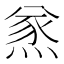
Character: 𤋌